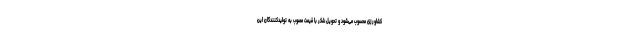
کشاورزی محسوب می‌شود و تحویل شکر با قیمت مصوب به تولیدکنندگان این